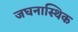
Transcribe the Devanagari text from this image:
जघनास्थिक